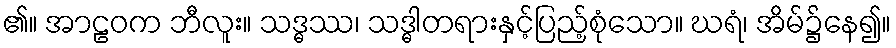
၏။ အာဠဝက ဘီလူး။ သဒ္ဓဿ၊ သဒ္ဓါတရားနှင့်ပြည့်စုံသော။ ဃရံ၊ အိမ်၌နေ၍။